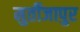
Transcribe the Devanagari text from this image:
मुर्तीजापुर